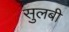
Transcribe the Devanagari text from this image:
सुलबी